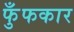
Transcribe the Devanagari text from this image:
फुँफकार